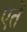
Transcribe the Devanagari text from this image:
एतें